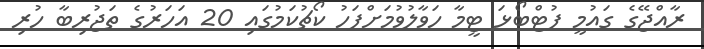
ރާއްޖޭގެ ގައުމީ ފުޓްބޯޅަ ޓީމާ ހަވާލުވުމަށްފަހު ކޯޗުކަމުގައި 20 އަހަރުގެ ތަޖުރިބާ ހުރި